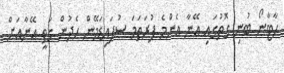
ހާޓާނޯ ބުނި ގޮތުގައި އޭނާ އެންމެ ފުރަތަމަ ސުޕައިޑަމޭން ހެދުން ގަތީ އޭނާއަށް